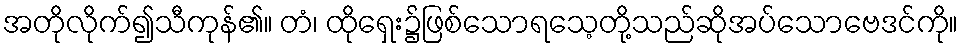
အတိုလိုက်၍သီကုန်၏။ တံ၊ ထိုရှေး၌ဖြစ်သောရသေ့တို့သည်ဆိုအပ်သောဗေဒင်ကို။